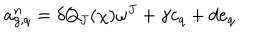
a _ { g , q } ^ { n } = \delta Q _ { J } ( \chi ) \omega ^ { J } + \gamma c _ { q } + d e _ { q } .